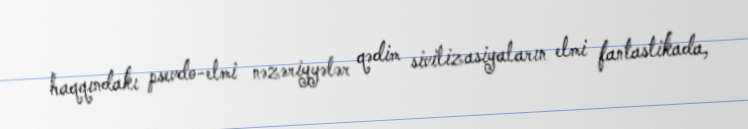
haqqındakı psevdo-elmi nəzəriyyələr qədim sivilizasiyaların elmi fantastikada,